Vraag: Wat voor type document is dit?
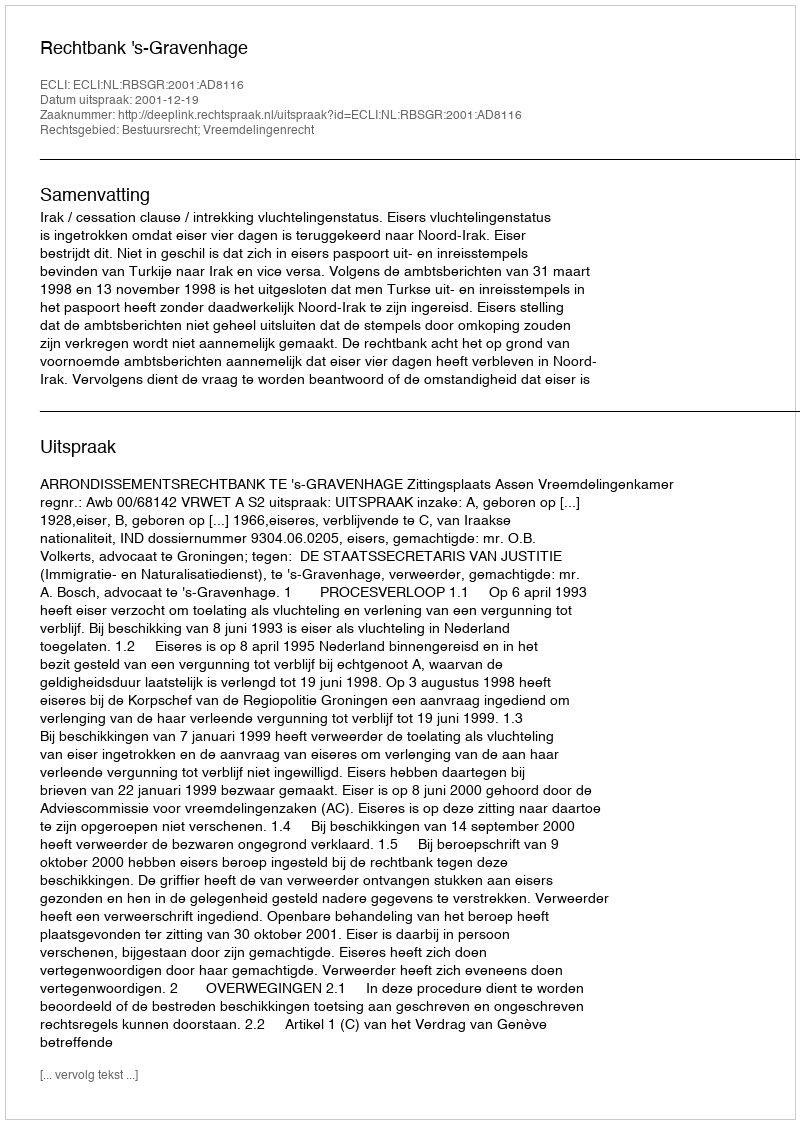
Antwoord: Uitspraak